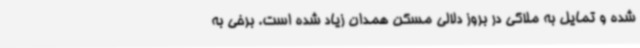
شده و تمایل به ملاکی در بروز دلالی مسکن همدان زیاد شده است. برخی به